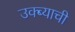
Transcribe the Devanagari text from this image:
उक्ब्याची